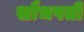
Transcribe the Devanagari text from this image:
सौभपती